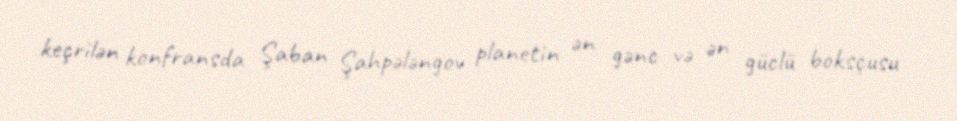
keçrilən konfransda Şaban Şahpələngov planetin ən gənc və ən güclü boksçusu